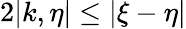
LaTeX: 2|k,\eta|\leq|\xi-\eta|